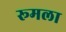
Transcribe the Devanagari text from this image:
रूमला